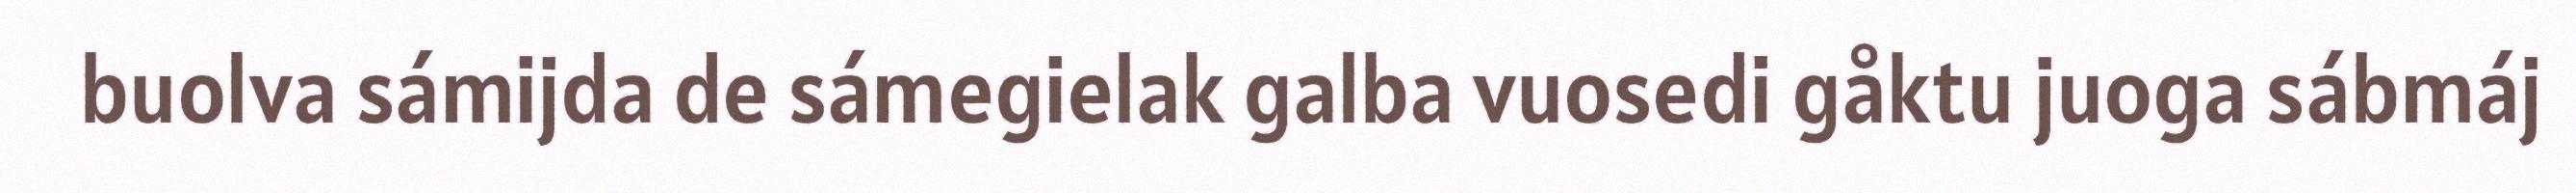
buolva sámijda de sámegielak galba vuosedi gåktu juoga sábmáj